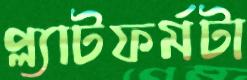
প্ল্যাটফর্মটা